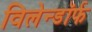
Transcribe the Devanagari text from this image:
विलेन्डॉर्फ